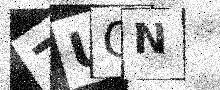
Text: 7UCN